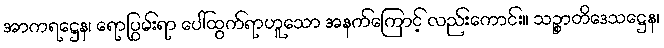
အာကရဋ္ဌေန၊ ရောပြွမ်းရာ ပေါ်ထွက်ရာဟူသော အနက်ကြောင့် လည်းကောင်း။ သဉ္စာတိဒေသဋ္ဌေန၊